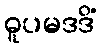
ဓူပမဒဒိံ